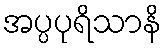
အပ္ပပုရိသာနိ